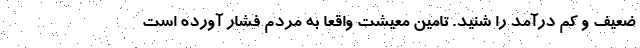
ضعیف و کم درآمد را شنید. تامین معیشت واقعا به مردم فشار آورده است